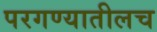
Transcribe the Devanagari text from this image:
परगण्यातीलच